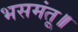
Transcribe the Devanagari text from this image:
भसमंतू॥